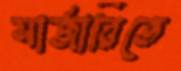
সার্জারিতে